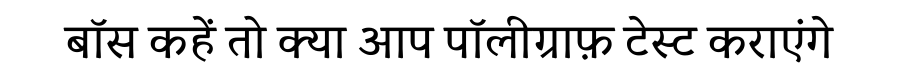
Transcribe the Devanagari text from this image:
बॉस कहें तो क्या आप पॉलीग्राफ़ टेस्ट कराएंगे